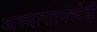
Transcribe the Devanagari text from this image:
अभ्यासामध्येही